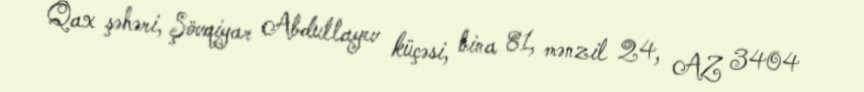
Qax şəhəri, Şövqiyar Abdullayev küçəsi, bina 81, mənzil 24, AZ 3404